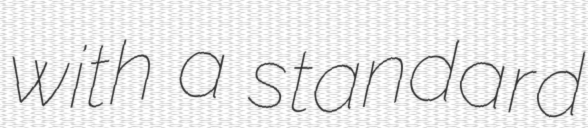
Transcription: with a standard